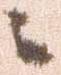
ニ